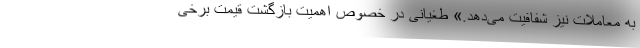
به معاملات نیز شفافیت می‌دهد.» طغیانی در خصوص اهمیت بازگشت قیمت برخی